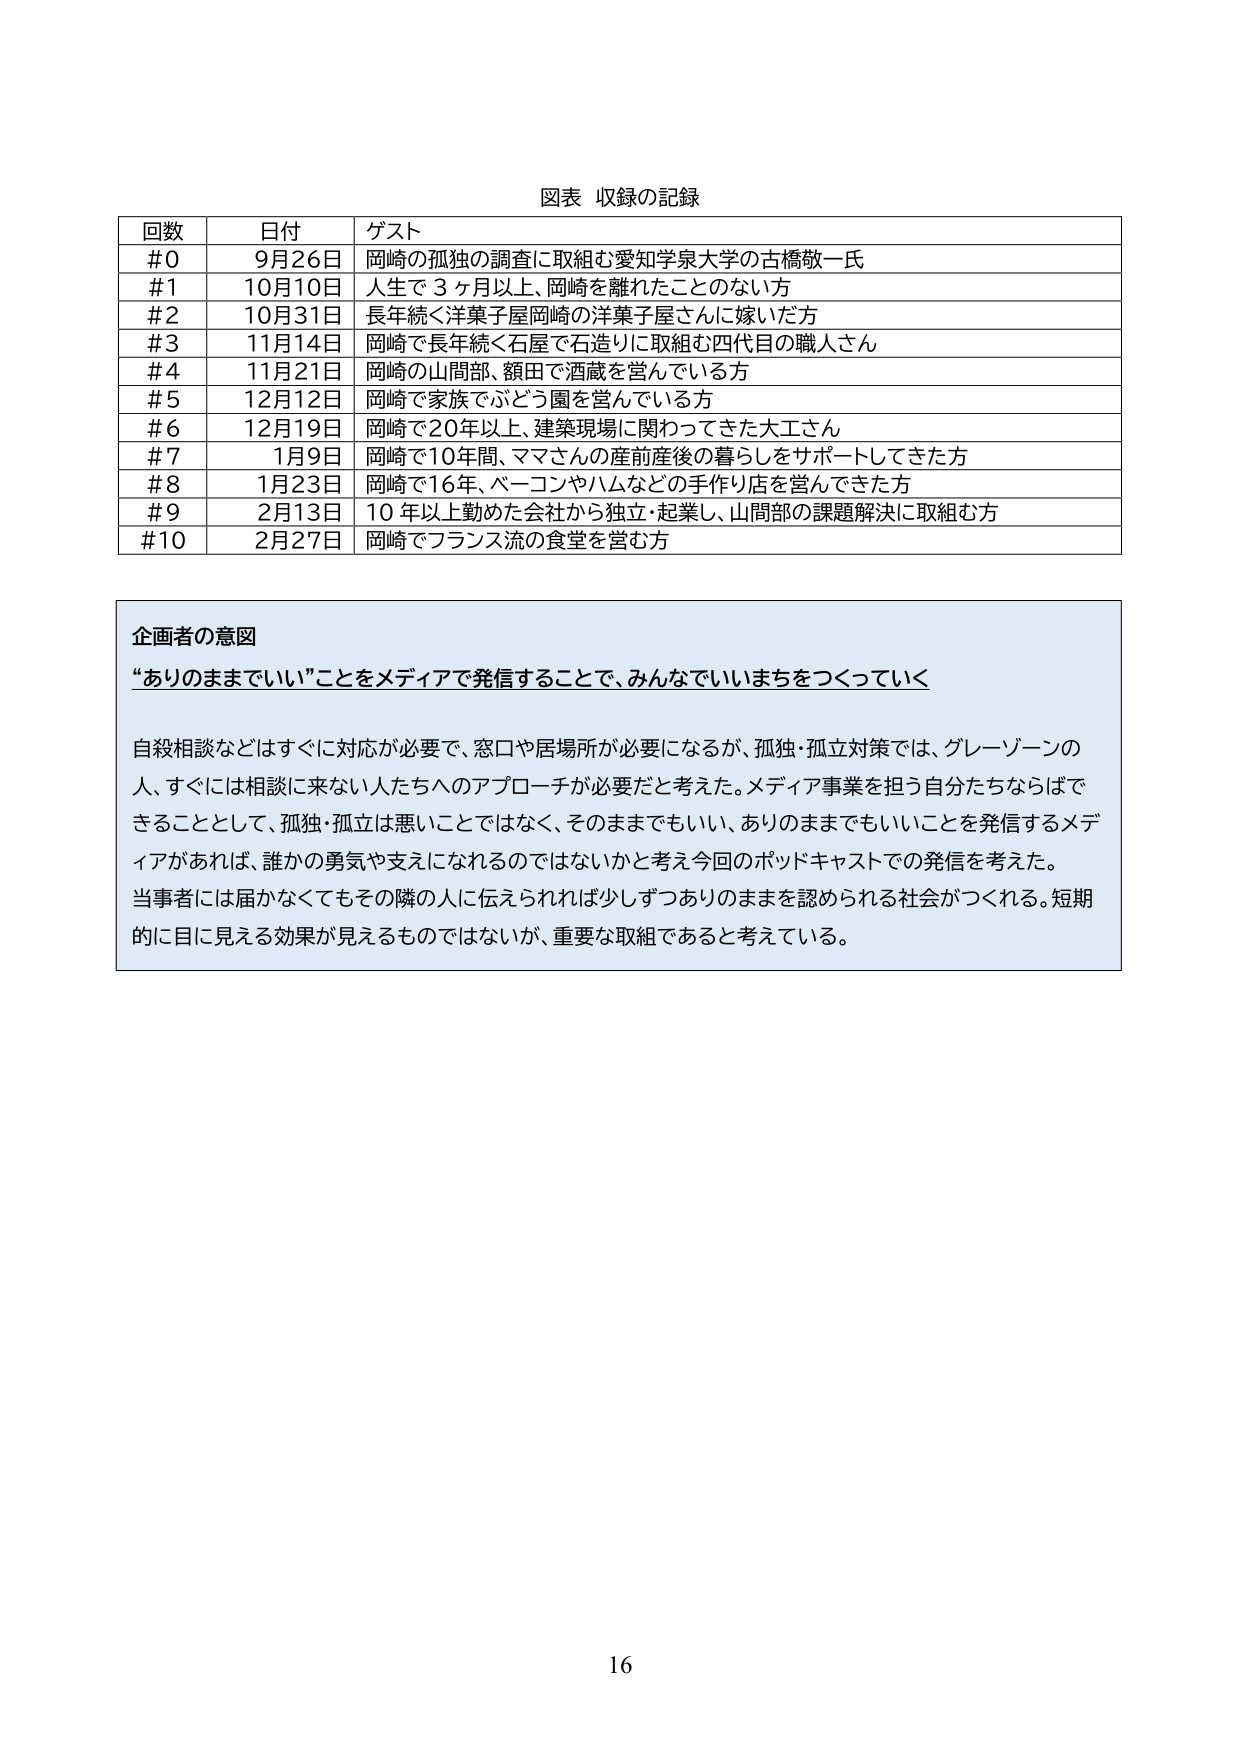
図表 収録の記録

回数 日付 ゲスト
#0 9月26日 岡崎の孤独の調査に取組む愛知学泉大学の古橋敬一氏
#1 10月10日 人生で3ヶ月以上、岡崎を離れたことのない方
#2 10月31日 長年続く洋菓子屋岡崎の洋菓子屋さんに嫁いだ方
#3 11月14日 岡崎で長年続く石屋で石造りに取組む四代目の職人さん
#4 11月21日 岡崎の山間部、額田で酒蔵を営んでいる方
#5 12月12日 岡崎で家族でぶどう園を営んでいる方
#6 12月19日 岡崎で20年以上、建築現場に関わってきた大工さん
#7 1月9日 岡崎で10年間、ママさんの産前産後の暮らしをサポートしてきた方
#8 1月23日 岡崎で16年、ベーコンやハムなどの手作り店を営んできた方
#9 2月13日 10年以上勤めた会社から独立・起業し、山間部の課題解決に取組む方
#10 2月27日 岡崎でフランス流の食堂を営む方

企画者の意図
“ありのままでいい”ことをメディアで発信することで、みんなでいいまちをつくっていく

自殺相談などはすぐに対応が必要で、窓口や居場所が必要になるが、孤独・孤立対策では、グレーゾーンの人、すぐには相談に来ない人たちへのアプローチが必要だと考えた。メディア事業を担う自分たちならばできることとして、孤独・孤立は悪いことではなく、そのままでもいい、ありのままでいいことを発信するメディアがあれば、誰かの勇気や支えになれるのではないかと考え今回のポッドキャストでの発信を考えた。当事者には届かなくてもその隣の人に伝えられれば少しずつありのままを認められる社会がつくれる。短期的に目に見える効果が見えるものではないが、重要な取組であると考えている。

16